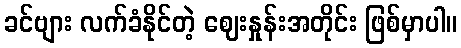
ခင်ဗျား လက်ခံနိုင်တဲ့ ဈေးနှုန်းအတိုင်း ဖြစ်မှာပါ။